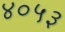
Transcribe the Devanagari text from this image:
४०५३